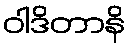
ဝါဒိတာနိ